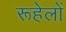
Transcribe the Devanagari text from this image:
रूहेलों